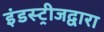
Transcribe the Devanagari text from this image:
इंडस्ट्रीजद्वारा